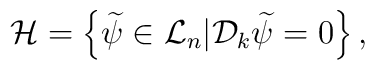
{\cal H}=\left\{\widetilde \psi\in {\cal L}_{n}|{\cal D}_k\widetilde \psi=0\right\},